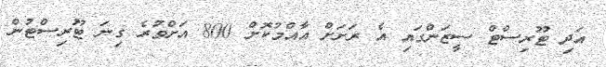
އަދި ޓޫރިސްޓް ސީޒަންގައި އެ ރަށަށް އާއްމުކޮށް 800 އަށްވުރެ ގިނަ ޓޫރިސްޓުން